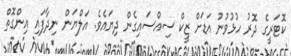
ކޮޓަރީގެ ދޮރު ހުޅުވުނު އަޑަށް ޒީކް ސިއްސައިގެން ދިޔައެވެ. އަލްޔަން ނިދާފައި އިންގޮތް